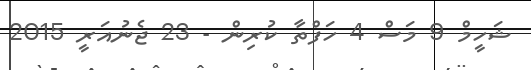
ޝަހީމް 9 މަސް 4 ހަފްތާ ކުރިން - 23 ޖެނުއަރީ 2015